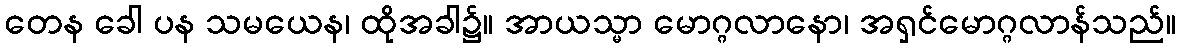
တေန ခေါ ပန သမယေန၊ ထိုအခါ၌။ အာယသ္မာ မောဂ္ဂလာနော၊ အရှင်မောဂ္ဂလာန်သည်။